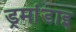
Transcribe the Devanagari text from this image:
ड्रमांडाइ